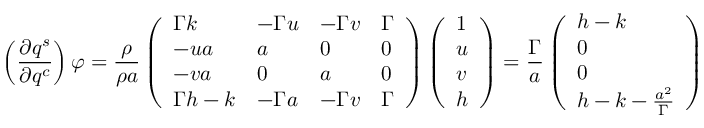
\left( \frac { \partial q ^ { s } } { \partial q ^ { c } } \right) \varphi = \frac { \rho } { \rho a } \left( \begin{array} { l l l l } { \Gamma k } & { - \Gamma u } & { - \Gamma v } & { \Gamma } \\ { - u a } & { a } & { 0 } & { 0 } \\ { - v a } & { 0 } & { a } & { 0 } \\ { \Gamma h - k } & { - \Gamma a } & { - \Gamma v } & { \Gamma } \end{array} \right) \left( \begin{array} { l } { 1 } \\ { u } \\ { v } \\ { h } \end{array} \right) = \frac { \Gamma } { a } \left( \begin{array} { l } { h - k } \\ { 0 } \\ { 0 } \\ { h - k - \frac { a ^ { 2 } } { \Gamma } } \end{array} \right)